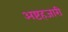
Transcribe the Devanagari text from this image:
अष्टहजारी